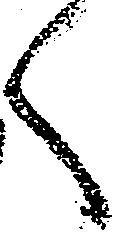
く